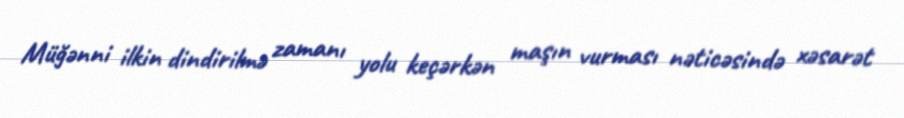
Müğənni ilkin dindirilmə zamanı yolu keçərkən maşın vurması nəticəsində xəsarət